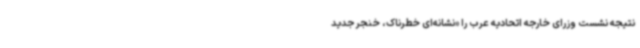
نتیجه نشست وزرای خارجه اتحادیه عرب را «نشانه‌ای خطرناک، خنجر جدید